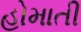
હોમાતી